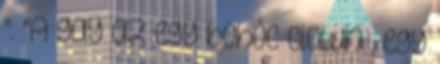
". "A gay az egy bohóc clown , egy